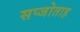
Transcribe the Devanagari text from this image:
सप्जोताह